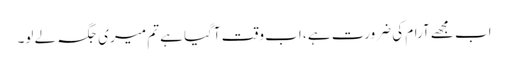
اب مجھے آرام کی ضرورت ہے ، اب وقت آگیا ہے تم میری جگہ لے لو۔